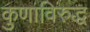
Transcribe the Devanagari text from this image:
कुणाविरुद्ध